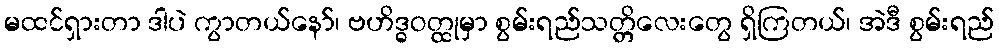
မထင်ရှားတာ ဒါပဲ ကွာတယ်နော်၊ ဗဟိဒ္ဓဝတ္ထုမှာ စွမ်းရည်သတ္တိလေးတွေ ရှိကြတယ်၊ အဲဒီ စွမ်းရည်